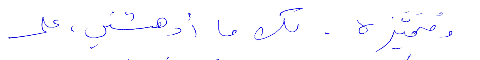
ومتميّزة. لكن ما ادهشني، على